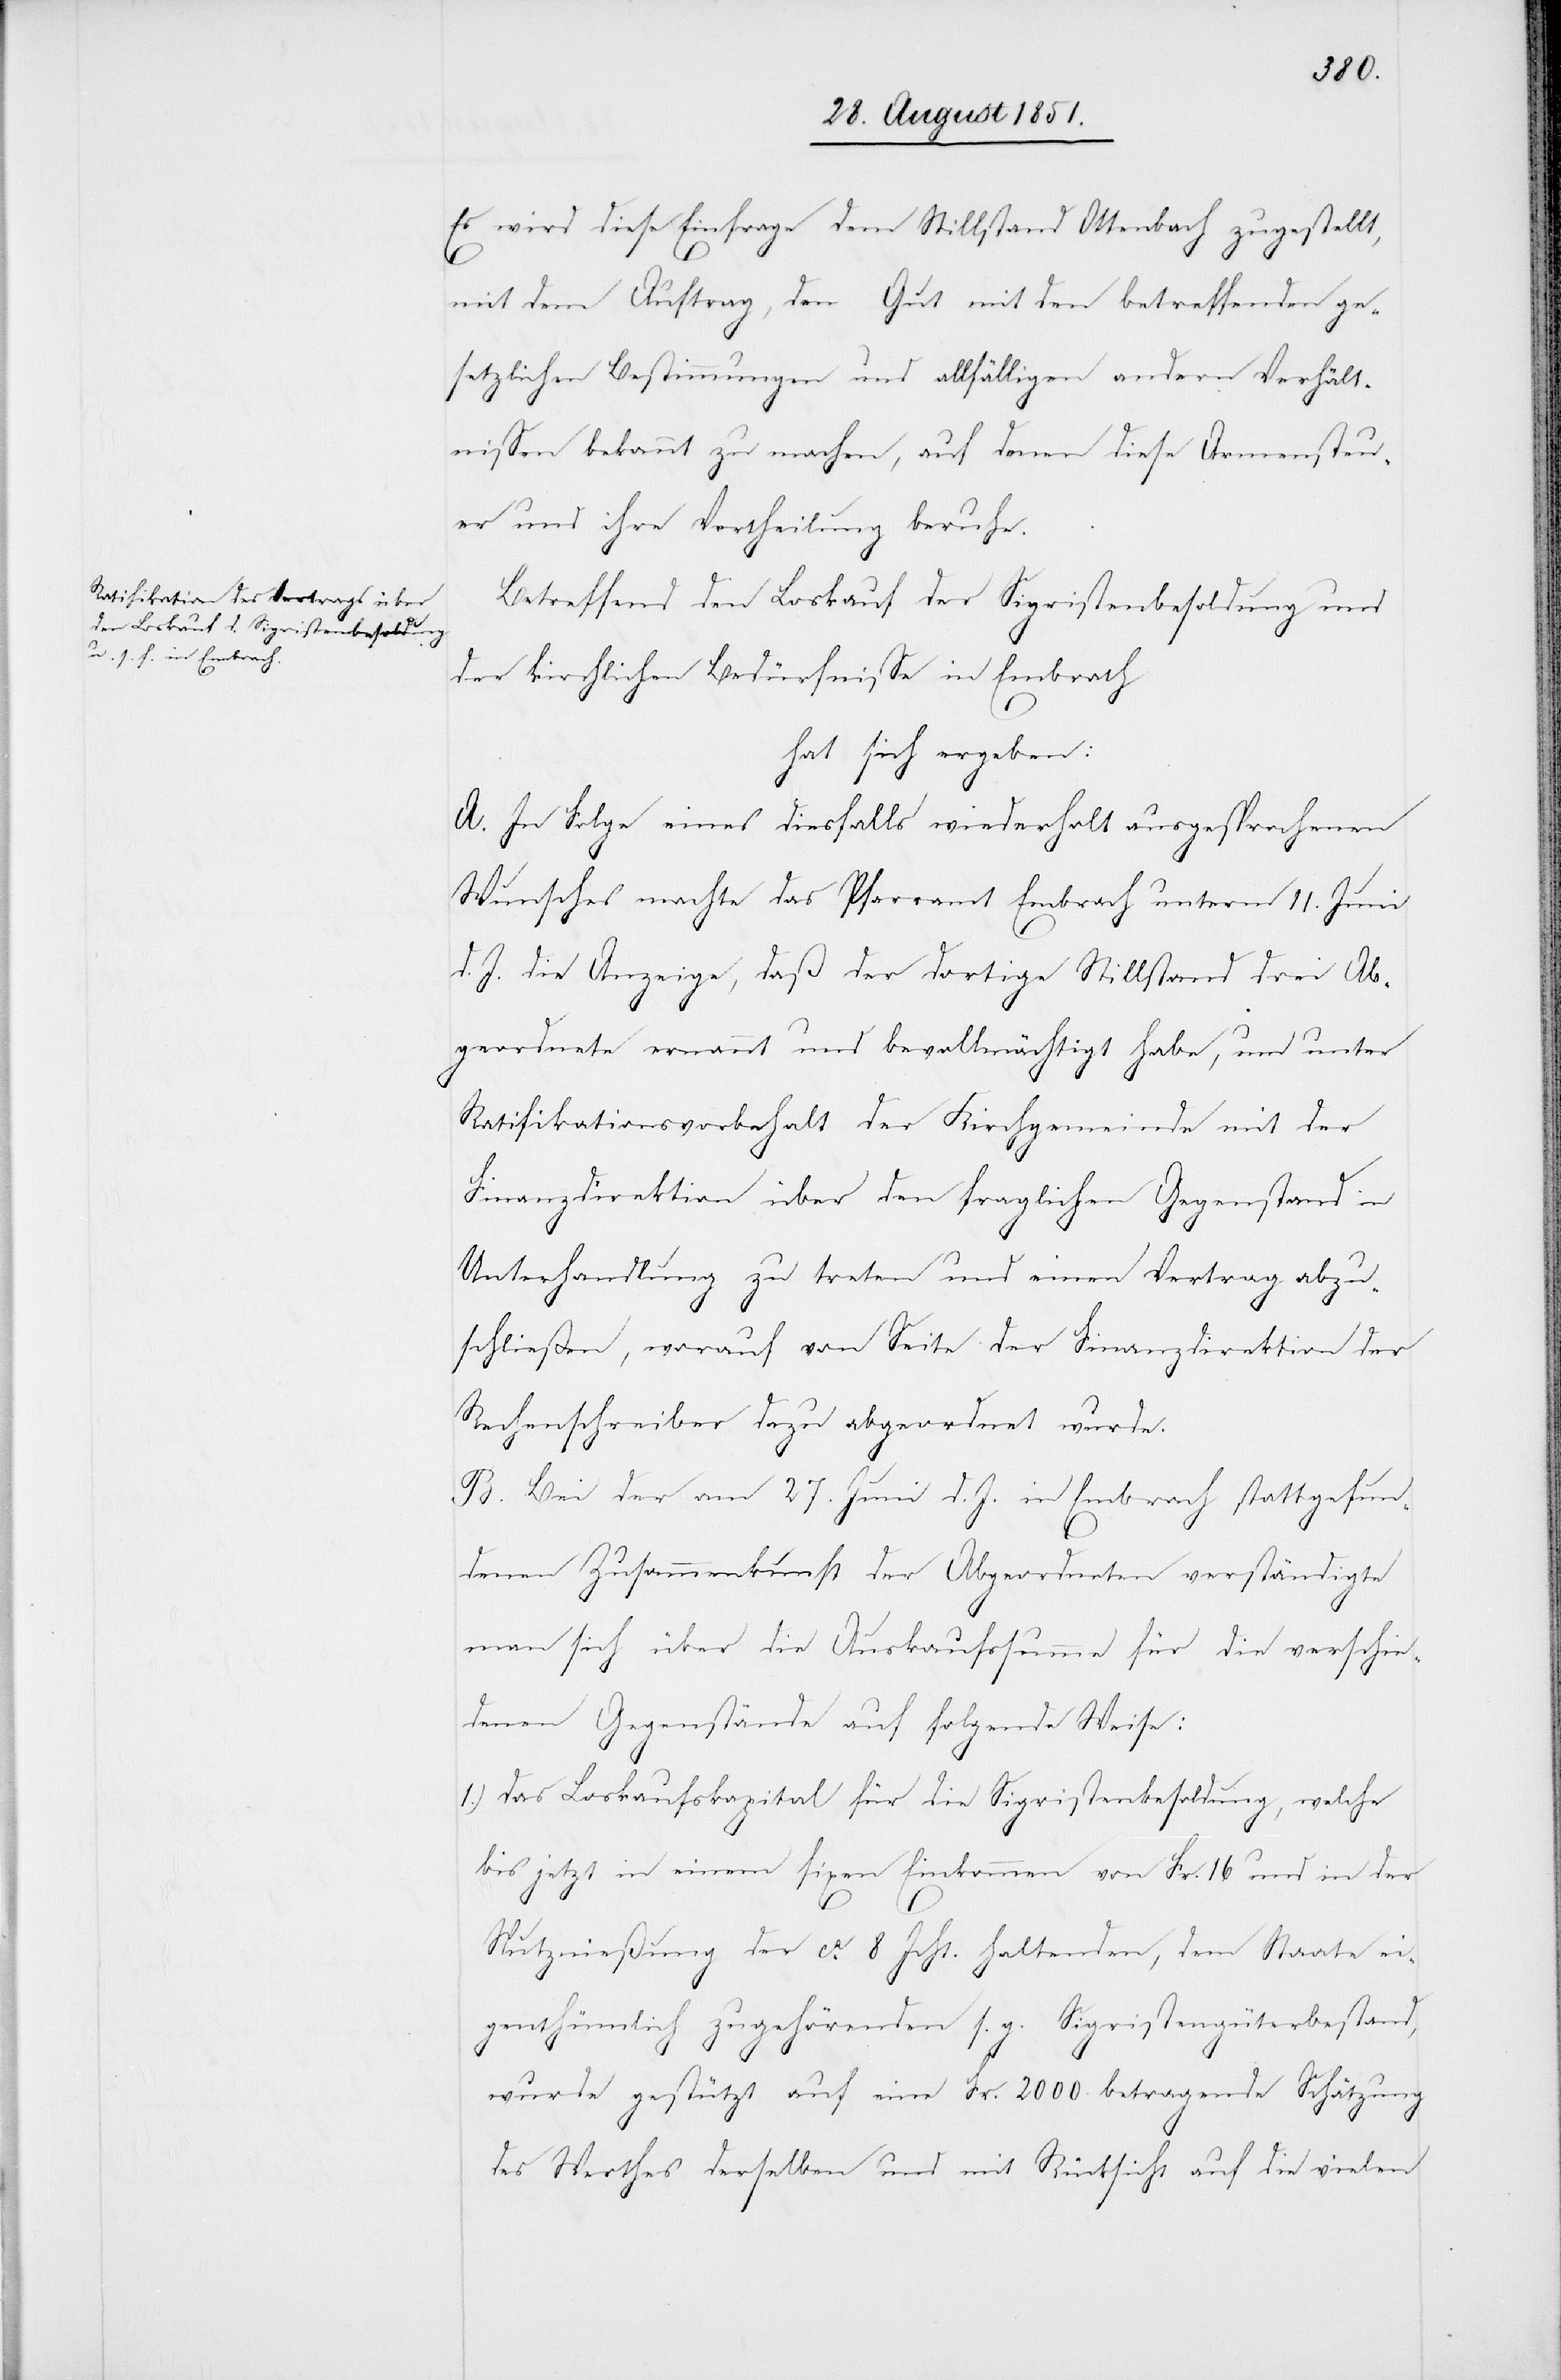
Es wird diese Einfrage dem Stillstand Ottenbach zugestellt,
mit dem Auftrag, den Gut mit den betreffenden ge¬
setzlichen Bestimmungen und allfälligen andern Verhält¬
nissen bekannt zu machen, auf denen diese Armensteu¬
er und ihre Vertheilung beruhe.
Betreffend den Loskauf der Sigristenbesoldung und
der kirchlichen Bedürfnisse in Embrach
hat sich ergeben:
A. In Folge eines diesfalls wiederholt ausgesprochenen
Wunsches machte das Pfarramt Embrach unterm 11. Juni
d. J. die Anzeige, daß der dortige Stillstand drei Ab¬
geordnete ernannt und bevollmächtigt habe, um unter
Ratifikationsvorbehalt der Kirchgemeinde mit der
Finanzdirektion über den fraglichen Gegenstand in
Unterhandlung zu treten und einen Vertrag abzu¬
schließen, worauf von Seite der Finanzdirektion der
Rechenschreiber dazu abgeordnet wurde.
B. Bei der am 27. Juni d. J. in Embrach stattgefun¬
denen Zusammenkunft der Abgeordneten verständigte
man sich über die Auskaufssumme für die verschie¬
denen Gegenstände auf folgende Weise:
das Loskaufskapital für die Sigristenbesoldung, welche
bis jetzt in einem fixen Einkommen von Fr. 16 und in der
Nutznießung der ca. 8 Jcht. haltenden, dem Staate ei¬
genthümlich zugehörenden s. g. Sigristengüterbestand,
wurde gestützt auf eine Fr. 2000. betragende Schätzung
des Werthes derselben und mit Rücksicht auf die vielen